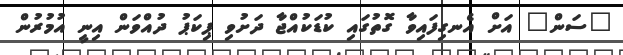
"ސަން" އަށް އެނގިފައިވާ ގޮތުގައި ކުޑަކުއްޖާ ދަށުވި ޕިކަޕު ދުއްވަން އިނީ އުމުރުން